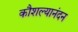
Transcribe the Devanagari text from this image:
कौशल्यानंदन